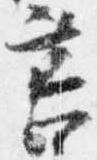
筥